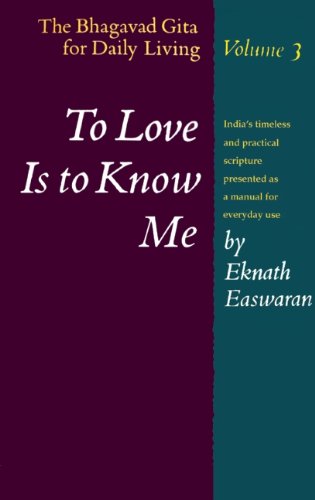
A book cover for To Love Is to Know Me: The Bhagavad Gita for Daily Living, Volume III; Eknath Easwaran; Religion & Spirituality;